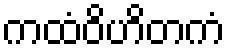
ကထံဝိဟိတကံ